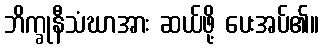
ဘိက္ခုနီသံဃာအား ဆယ်ဖို့ ပေးအပ်၏။